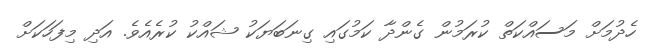
ހެދުމަށް މަސައްކަތް ކުރަމުން ގެންދާ ކަމުގައި ގިނަބަޔަކު ޝައްކު ކުރެއެވެ. އަދި މިފަހަކަށް